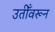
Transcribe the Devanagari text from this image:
उतीँवरून